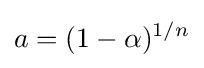
a=(1-\alpha )^{1/n}